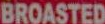
BROASTED